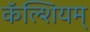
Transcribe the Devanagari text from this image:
कॅल्शियम्